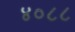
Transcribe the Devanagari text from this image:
४०८८